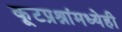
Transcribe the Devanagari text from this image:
कूटप्रश्नांमध्येही